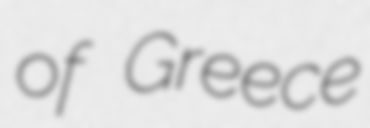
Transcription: of Greece